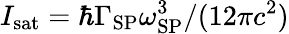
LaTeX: I_{\mathrm{sat}}={\hbar\Gamma_{\mathrm{SP}}\omega_{\mathrm{SP}}^{3}}/({12\pi c^{2}})